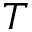
T